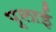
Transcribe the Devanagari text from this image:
पुलाई